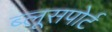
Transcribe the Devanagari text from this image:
ब्लूसपोर्ट